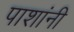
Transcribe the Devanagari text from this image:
पाशांनी